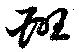
班